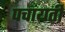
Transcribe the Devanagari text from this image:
पचांयती